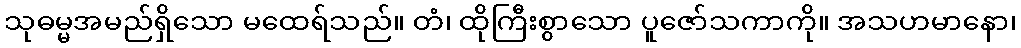
သုဓမ္မအမည်ရှိသော မထေရ်သည်။ တံ၊ ထိုကြီးစွာသော ပူဇော်သကာကို။ အသဟမာနော၊